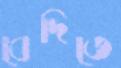
বেদিতে